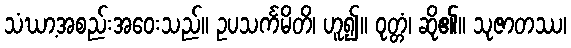
သံဃာ့အစည်းအဝေးသည်။ ဥပသင်္ကမိတိ၊ ဟူ၍။ ဝုတ္တံ၊ ဆို၏။ သုဇာတဿ၊